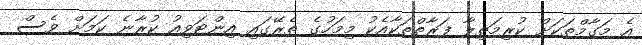
އެ މަގާމްތަކަށް ކުރިމަތިލާ ފަރާތްތަކާއެކު މިމަހުގެ ތެރޭގައި އިންޓަވިއު ކުރާނެ ކަމަށް ވެސް